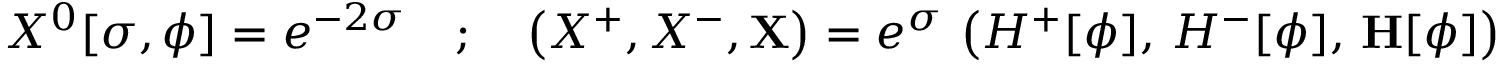
X ^ { 0 } [ \sigma , \phi ] = e ^ { - 2 \sigma } \quad ; \quad \left( X ^ { + } , X ^ { - } , \mathbf { X } \right) = e ^ { \sigma } \, \left( H ^ { + } [ \phi ] , \, H ^ { - } [ \phi ] , \, \mathbf { H } [ \phi ] \right)